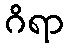
ဂိရာ